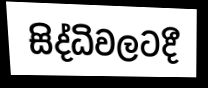
සිද්ධිවලටදී